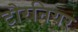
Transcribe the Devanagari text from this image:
टौरनियर